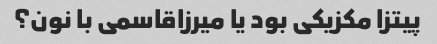
پیتزا مکزیکی بود یا میرزاقاسمی با نون؟